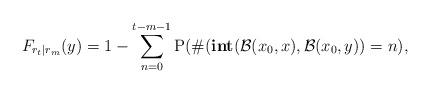
LaTeX: \begin{align*}F_{r_t|r_m}(y) &=1 - \sum^{t-m-1}_{n=0} \mathrm{P}( \# ({\bf int}(\mathcal{B}(x_0, x),\mathcal{B}(x_0, y))=n),\end{align*}